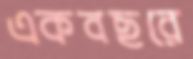
একবছরে